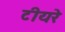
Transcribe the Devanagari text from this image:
टीयरे